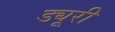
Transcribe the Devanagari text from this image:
ड्यूरी